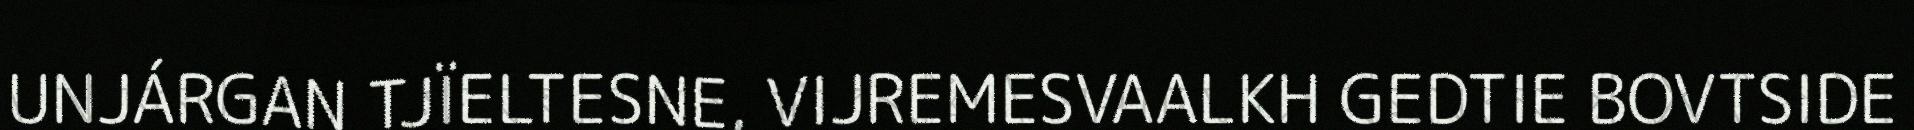
UNJÁRGAN TJÏELTESNE, VIJREMESVAALKH GEDTIE BOVTSIDE